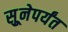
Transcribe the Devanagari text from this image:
सुूनेपर्यंत